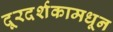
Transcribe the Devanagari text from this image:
दूरदर्शकामधून